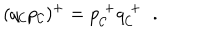
( q _ { \cal C } p _ { \cal C } ) ^ { + } = p _ { \cal C } ^ { \; + } q _ { \cal C } ^ { \; + } \; \; .